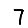
Digit: 7